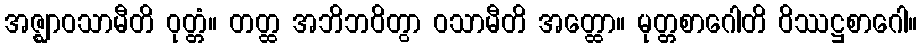
အဇ္ဈာဝသာမီတိ ဝုတ္တံ။ တတ္ထ အဘိဘဝိတွာ ဝသာမီတိ အတ္ထော။ မုတ္တစာဂေါတိ ဝိဿဋ္ဌစာဂေါ။